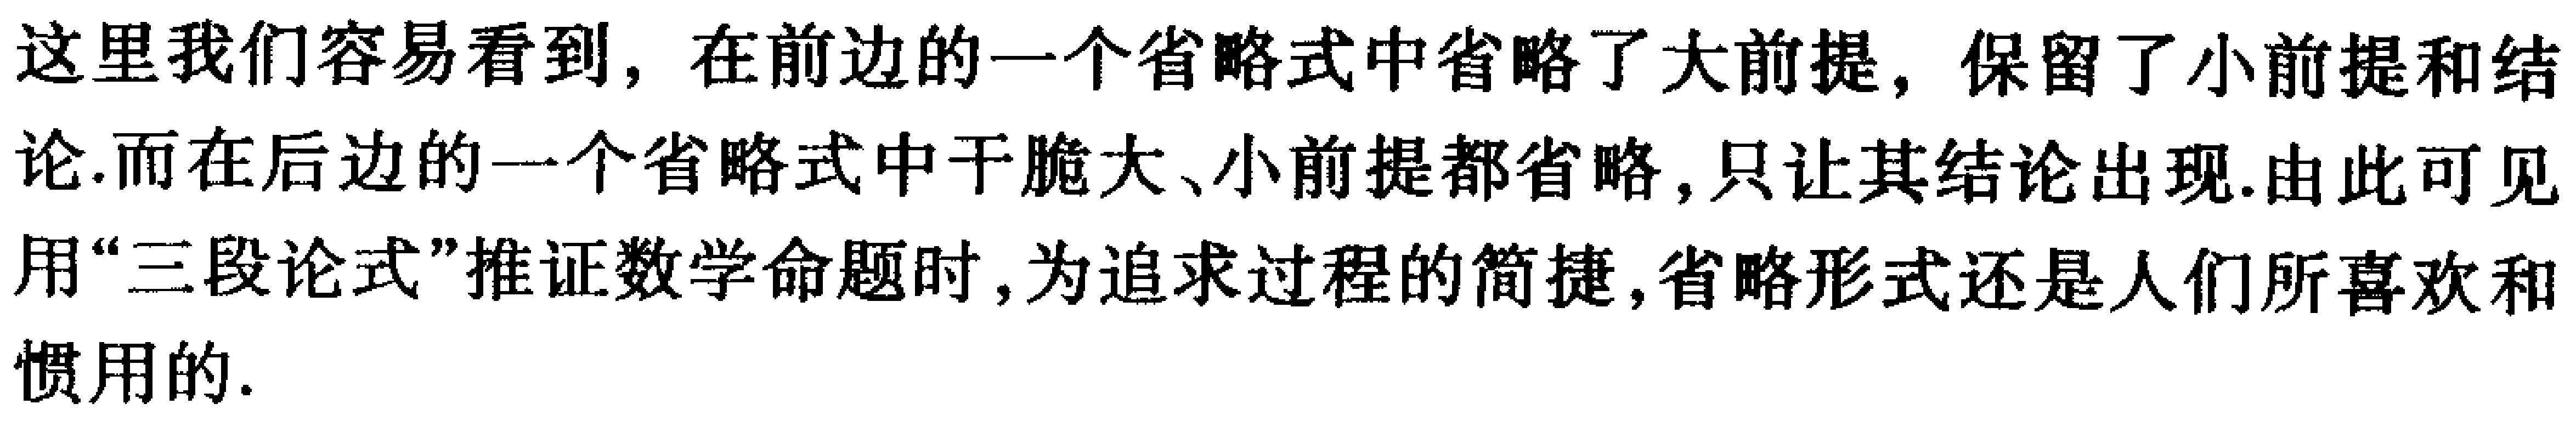
这里我们容易看到，在前边的一个省略式中省略了大前提，保留了小前提和结论.而在后边的一个省略式中干脆大、小前提都省略，只让其结论出现.由此可见用“三段论式”推证数学命题时，为追求过程的简捷，省略形式还是人们所喜欢和惯用的.